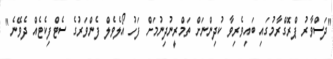
"ދަސްވާރު ޕްރޮގްރާމުގައި ބައިވެރިވާ ކުދިންނަށް ތަމްރީނުދިނުމަށް ފަހު އޯލެވެލް ފެންވަރުގެ ސެޓްފިކެޓެއް ދެވޭނެ"